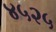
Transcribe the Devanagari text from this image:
४५२५